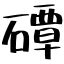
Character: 磹